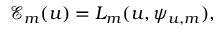
\mathcal { E } _ { m } ( u ) = L _ { m } ( u , \psi _ { u , m } ) ,